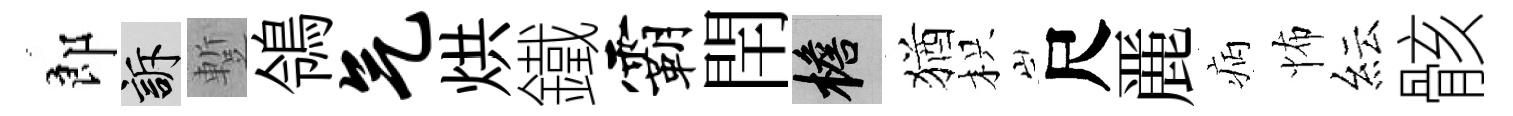
郎訴蹔鴒气烘鐵霸閈檐猶枳尺䴡病怖紜骸